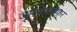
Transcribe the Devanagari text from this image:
जाटदेवळेकर